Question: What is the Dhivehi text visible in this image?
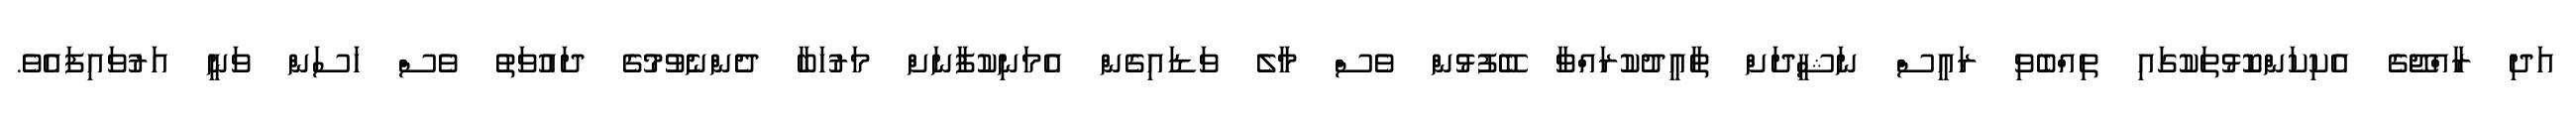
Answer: އަދި ރާއްޖޭގެ އެކިކަންކޮޅުތަކުގައި ތިއްބެވި ރައީސް ނަޝީދަށް ތާއީދުކުރައްވާ ބޭފުޅުން ވެސް މާލެ ވަޑައިގެން އެމަނިކުފާނަށް މަރުހަބާ ދެންނެވުމުގެ ދައުވަތު ވެސް ހަސަން ވަނީ އަރުވައިފައެވެ.